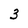
Character: 3